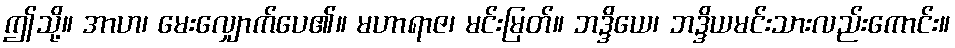
ဤသို့။ အာဟ၊ မေးလျှောက်ပေ၏။ မဟာရာဇ၊ မင်းမြတ်။ ဘဒ္ဒိယေ၊ ဘဒ္ဒိယမင်းသားလည်းကောင်း။